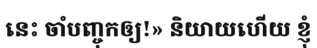
នេះ ចាំបញ្ចុកឲ្យ!» និយាយហើយ ខ្ញុំ